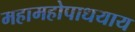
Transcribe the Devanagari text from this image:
महामहोपाधयाय